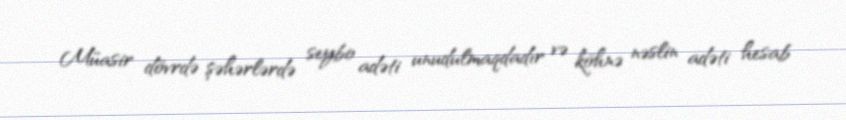
Müasir dövrdə şəhərlərdə seybo adəti unudulmaqdadır və köhnə nəslin adəti hesab